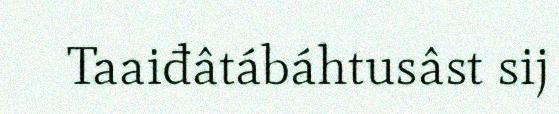
Taaiđâtábáhtusâst sij